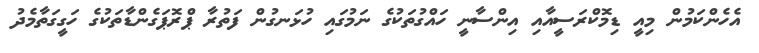
އެހެންކަމުން މިއީ ޑިމޮކްރަސީއާއި އިންސާނީ ހައްގުތަކުގެ ނަމުގައި ހުޅަނގުން ފަތުރާ ޕްރޮޕަގެންޑާތަކުގެ ހަގީގަތާމެދު